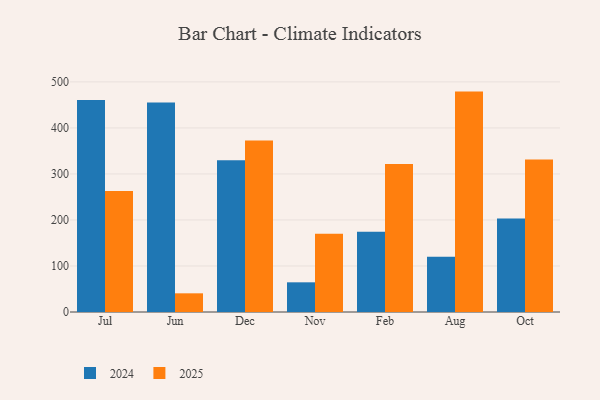
{"axis": {"x": "Month", "y": "Customer Acquisition Cost (USD)"}, "legend": ["2024", "2025"], "data": [{"x": "Jul", "y": 263.1, "type": "2025"}, {"x": "Jul", "y": 460.5, "type": "2024"}, {"x": "Jun", "y": 40.6, "type": "2025"}, {"x": "Jun", "y": 455.2, "type": "2024"}, {"x": "Dec", "y": 372.5, "type": "2025"}, {"x": "Dec", "y": 329.7, "type": "2024"}, {"x": "Nov", "y": 169.9, "type": "2025"}, {"x": "Nov", "y": 64.5, "type": "2024"}, {"x": "Feb", "y": 321.6, "type": "2025"}, {"x": "Feb", "y": 174.4, "type": "2024"}, {"x": "Aug", "y": 478.9, "type": "2025"}, {"x": "Aug", "y": 120.2, "type": "2024"}, {"x": "Oct", "y": 331.6, "type": "2025"}, {"x": "Oct", "y": 203.4, "type": "2024"}]}